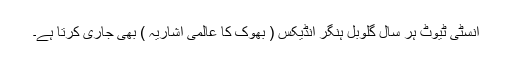
انسٹی ٹیوٹ ہر سال گلوبل ہنگر انڈیکس ( بھوک کا عالمی اشاریہ ) بھی جاری کرتا ہے۔